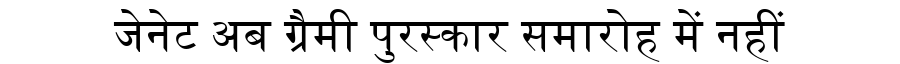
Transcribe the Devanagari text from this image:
जेनेट अब ग्रैमी पुरस्कार समारोह में नहीं